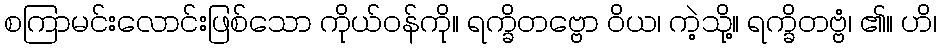
စကြာမင်းလောင်းဖြစ်သော ကိုယ်ဝန်ကို။ ရက္ခိတဗ္ဗော ဝိယ၊ ကဲ့သို့။ ရက္ခိတဗ္ဗံ၊ ၏။ ဟိ၊